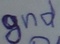
Text: gnd